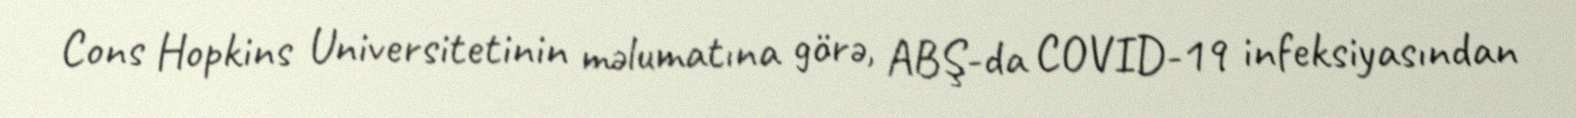
Cons Hopkins Universitetinin məlumatına görə, ABŞ-da COVID-19 infeksiyasından